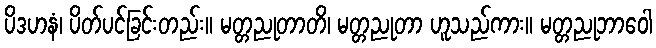
ပိဒဟနံ၊ ပိတ်ပင်ခြင်းတည်း။ မတ္တညုတာတိ၊ မတ္တညုတာ ဟူသည်ကား။ မတ္တညုဘာဝေါ